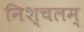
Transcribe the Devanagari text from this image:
निश्चलम्